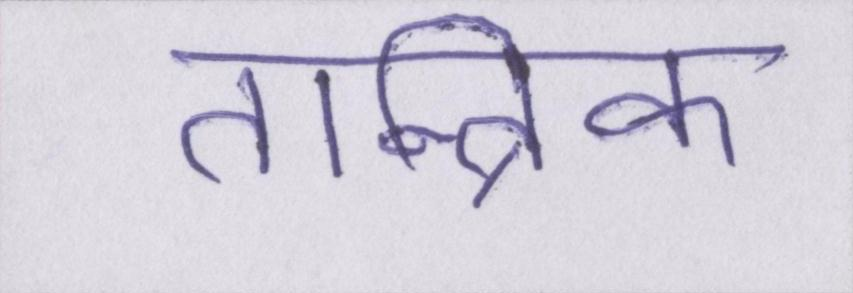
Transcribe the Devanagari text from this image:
तान्त्रिक